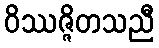
ဝိဿဇ္ဇိတသညီ